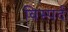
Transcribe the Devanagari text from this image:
विस्पर्द